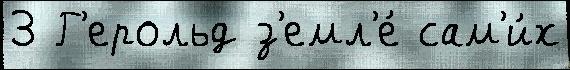
3 Г'ерольд з'емл'е́ сам'и́х